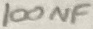
Text: 100NF